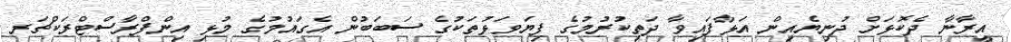
އީރާނާ ދެކޮޅަށް ދުނިޔެއިން އަޅާފައިވާ ދަތިކުރުމުގެ ފިޔަވަޅުތަކުގެ ސަބަބުން އެގައުމުގެ މުޅި އިންފްރާސްޓްރަކްޗަރ